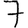
Digit: 7